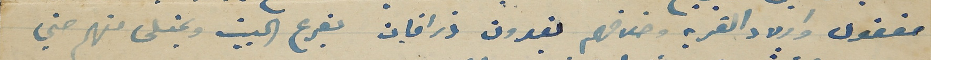
مفقود واولاد القريه وخلافهم يغدون ذرافان بفرع البيت ويمتلى منهم حتي